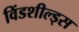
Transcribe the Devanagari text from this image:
विंडशील्ड्स